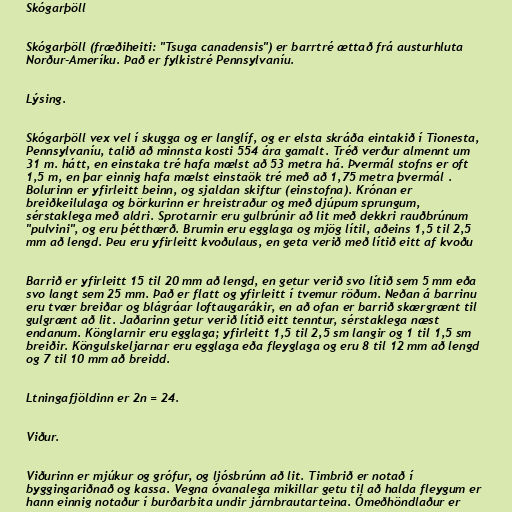
Skógarþöll

Skógarþöll (fræðiheiti: "Tsuga canadensis") er barrtré ættað frá austurhluta
Norður-Ameríku. Það er fylkistré Pennsylvaníu.

Lýsing.

Skógarþöll vex vel í skugga og er langlíf, og er elsta skráða eintakið í Tionesta,
Pennsylvaníu, talið að minnsta kosti 554 ára gamalt. Tréð verður almennt um
31 m. hátt, en einstaka tré hafa mælst að 53 metra há. Þvermál stofns er oft
1,5 m, en þar einnig hafa mælst einstaök tré með að 1,75 metra þvermál .
Bolurinn er yfirleitt beinn, og sjaldan skiftur (einstofna). Krónan er
breiðkeilulaga og börkurinn er hreistraður og með djúpum sprungum,
sérstaklega með aldri. Sprotarnir eru gulbrúnir að lit með dekkri rauðbrúnum
"pulvini", og eru þétthærð. Brumin eru egglaga og mjög lítil, aðeins 1,5 til 2,5
mm að lengd. Þeu eru yfirleitt kvoðulaus, en geta verið með lítið eitt af kvoðu

Barrið er yfirleitt 15 til 20 mm að lengd, en getur verið svo lítið sem 5 mm eða
svo langt sem 25 mm. Það er flatt og yfirleitt í tvemur röðum. Neðan á barrinu
eru tvær breiðar og blágráar loftaugarákir, en að ofan er barrið skærgrænt til
gulgrænt að lit. Jaðarinn getur verið lítið eitt tenntur, sérstaklega næst
endanum. Könglarnir eru egglaga; yfirleitt 1,5 til 2,5 sm langir og 1 til 1,5 sm
breiðir. Köngulskeljarnar eru egglaga eða fleyglaga og eru 8 til 12 mm að lengd
og 7 til 10 mm að breidd.

Ltningafjöldinn er 2n = 24.

Viður.

Viðurinn er mjúkur og grófur, og ljósbrúnn að lit. Timbrið er notað í
byggingariðnað og kassa. Vegna óvanalega mikillar getu til að halda fleygum er
hann einnig notaður í burðarbita undir járnbrautarteina. Ómeðhöndlaður er